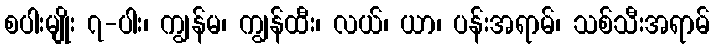
စပါးမျိုး ၇-ပါး၊ ကျွန်မ၊ ကျွန်ထီး၊ လယ်၊ ယာ၊ ပန်းအရာမ်၊ သစ်သီးအရာမ်